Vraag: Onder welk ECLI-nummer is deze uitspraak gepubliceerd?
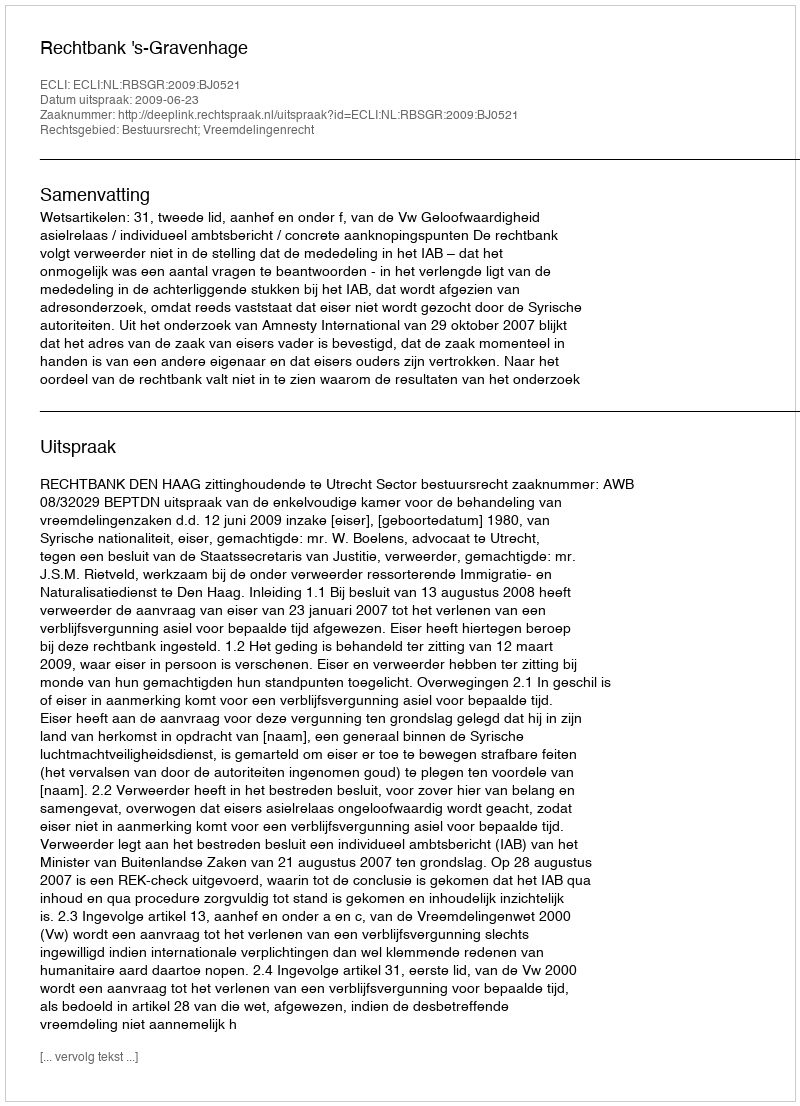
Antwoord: ECLI:NL:RBSGR:2009:BJ0521